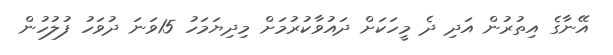
އޭނާގެ އިތުރުން އަދި ދެ މީހަކަށް ދައުވާކުރުމަށް މިދިޔަމަހު 15ވަނަ ދުވަހު ފުލުހުން